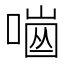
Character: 𠼜